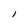
Character: l